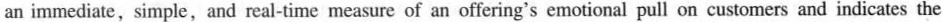
an immediate, simple,and real-time measure of an offering's emotional pull on customers and indicates the